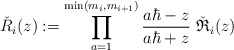
\begin{align*}\check R_i(z):=\prod_{a=1}^{\min(m_i,m_{i+1})} \frac{a\hbar-z}{a\hbar+z}\ \check{\mathfrak R}_i(z)\end{align*}